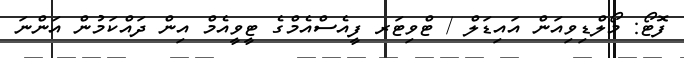
ފޮޓޯ: މޯލްޑިވިއަން އައިޑަލް / ޓްވިޓަރ ފީއެސްއެމްގެ ޓީވީއެމް އިން ދައްކަމުން އަންނަ